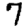
Digit: 7